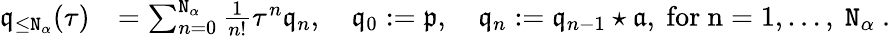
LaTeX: \begin{array}{rl}{\mathfrak{q}_{\le\mathtt{N}_{\alpha}}(\tau)}&{=\sum_{n=0}^{\mathtt{N}_{\alpha}}\frac{1}{n!}\tau^{n}\mathfrak{q}_{n},\quad\mathfrak{q}_{0}:=\mathfrak{p},\quad\mathfrak{q}_{n}:=\mathfrak{q}_{n-1}\star\mathfrak{a},\mathrm{~for~n=1,\ldots,~\mathtt{N}_\alpha~.}}\end{array}